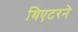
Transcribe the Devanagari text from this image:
थिएटरने